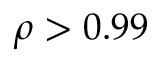
\rho > 0 . 9 9